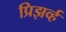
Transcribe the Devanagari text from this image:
प्रिझर्व्ह